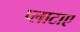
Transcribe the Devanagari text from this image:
प्लाटाए